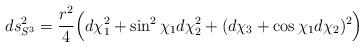
LaTeX: \begin{align*}ds_{S^3}^2=\frac{r^2}{4}\Bigl(d\chi_1^2+\sin^2{\chi_1}d\chi_2^2+(d\chi_3+\cos{\chi_1}d\chi_2)^2\Bigr)\end{align*}